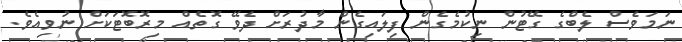
ނަމަވެސް ލެބްގެ ގޭޓުން ނިކުމެގެން ފިލައިގެން މާދުރަށް ދެވޭ ގޮތެއް މިރޮބޮޓަކަށް ނުވިއެވެ.